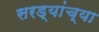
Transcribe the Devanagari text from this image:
सरड्यांच्या